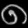
Digit: ၈